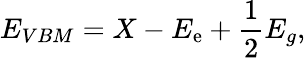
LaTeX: E_{VBM}=X-E_{\mathrm{e}}+\frac{{1}}{{2}}E_{g},